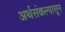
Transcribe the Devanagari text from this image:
अर्थसंकल्पासून